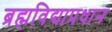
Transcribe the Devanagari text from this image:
ब्रह्मविद्याप्रधान